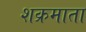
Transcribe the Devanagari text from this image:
शक्रमाता